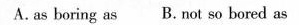
A.as boring as B. not so bored as